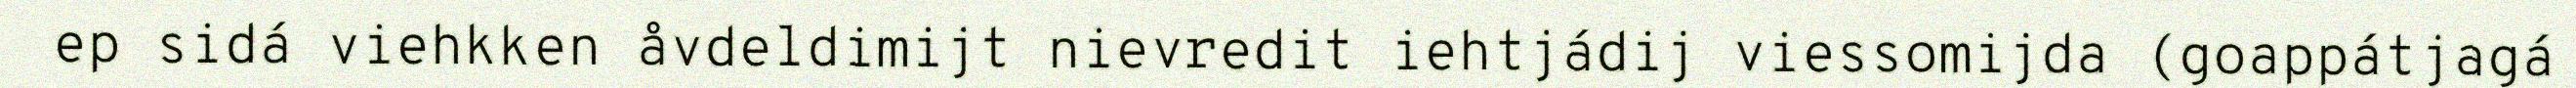
ep sidá viehkken åvdeldimijt nievredit iehtjádij viessomijda (goappátjagá